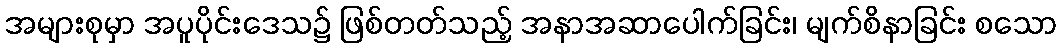
အများစုမှာ အပူပိုင်းဒေသ၌ ဖြစ်တတ်သည့် အနာအဆာပေါက်ခြင်း၊ မျက်စိနာခြင်း စသော